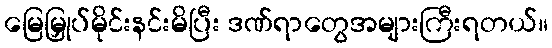
မြေမြှုပ်မိုင်းနင်းမိပြီး ဒဏ်ရာတွေအများကြီးရတယ်။